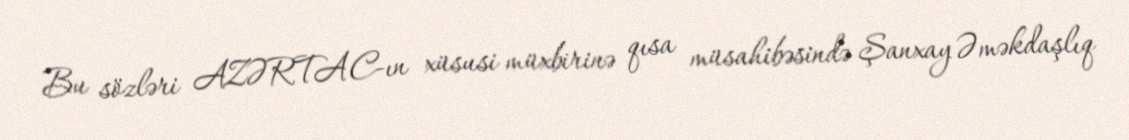
Bu sözləri AZƏRTAC-ın xüsusi müxbirinə qısa müsahibəsində Şanxay Əməkdaşlıq